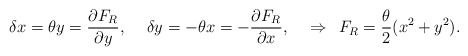
\begin{align*}\delta x = \theta y = \frac{\partial F_R}{\partial y}, \hspace{0.5cm} \delta y = - \theta x = - \frac{\partial F_R}{\partial x}, \hspace{0.5cm} \Rightarrow \hspace{0.2cm} F_R = \frac{\theta}{2} (x^2 + y^2).\end{align*}